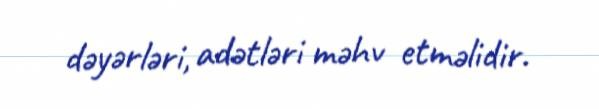
dəyərləri, adətləri məhv etməlidir.